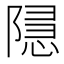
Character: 𮥚